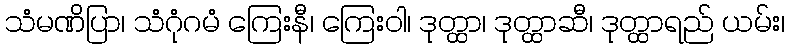
သံမဏိပြာ၊ သံဂုံဂမံ ကြေးနီ၊ ကြေးဝါ၊ ဒုတ္ထာ၊ ဒုတ္ထာဆီ၊ ဒုတ္ထာရည် ယမ်း၊